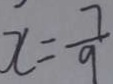
x = \frac { 7 } { 9 }